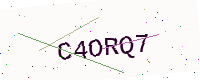
Text: C4ORQ7